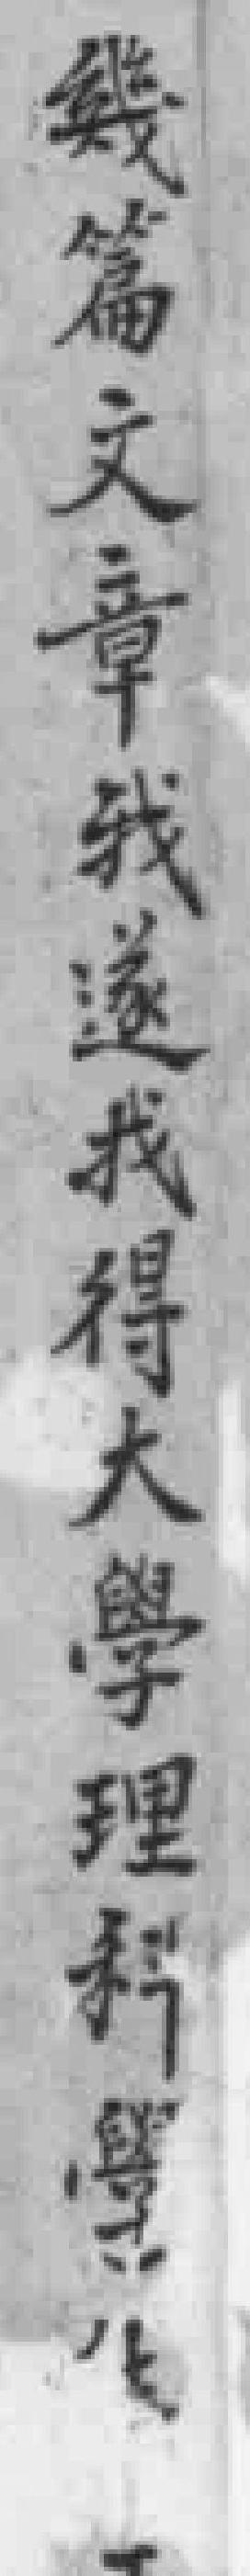
幾篇文章我遂我得大學理科學*